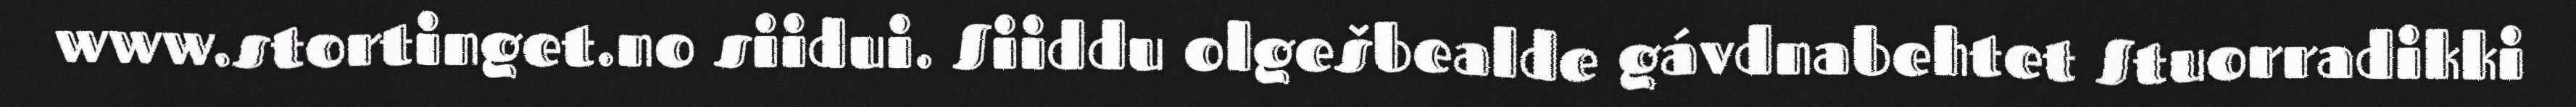
www.stortinget.no siidui. Siiddu olgešbealde gávdnabehtet Stuorradikki